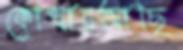
কোথায়আছি